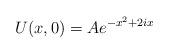
LaTeX: \begin{align*}U(x,0)=Ae^{-x^{2}+2ix} \end{align*}